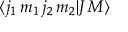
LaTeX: \langle j _ { 1 } \, m _ { 1 } \, j _ { 2 } \, m _ { 2 } | J \, M \rangle